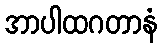
အာပါထဂတာနံ